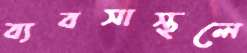
ব্যবসাস্থলে